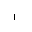
Letter: _alif